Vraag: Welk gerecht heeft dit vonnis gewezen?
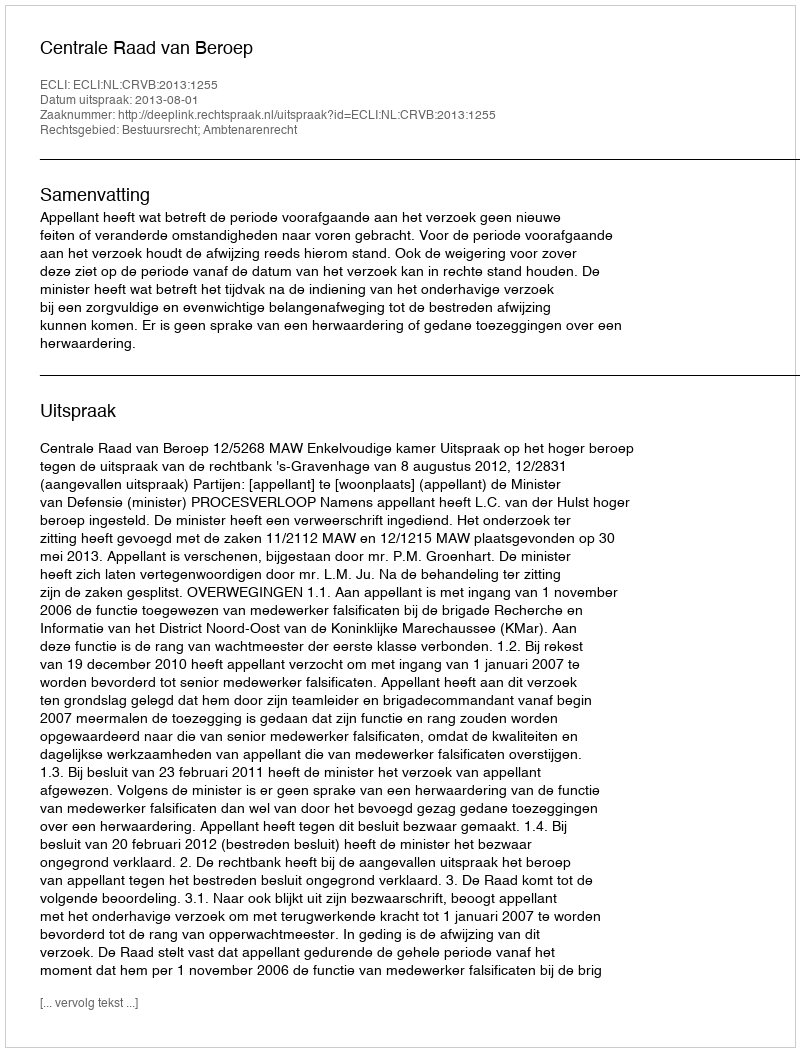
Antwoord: Centrale Raad van Beroep